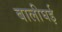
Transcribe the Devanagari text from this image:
बालीघई